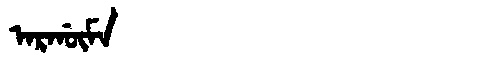
Manchu: ᠠᡵᡤᡡᠮᠠ
Romanization: ARGŪMA